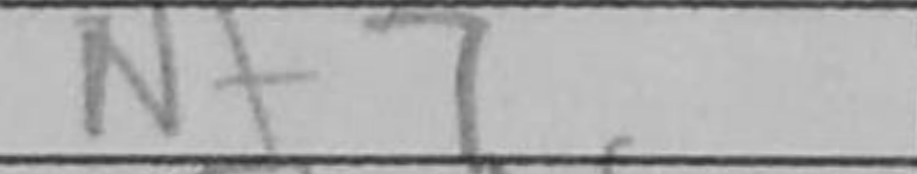
Transcription: Nf7